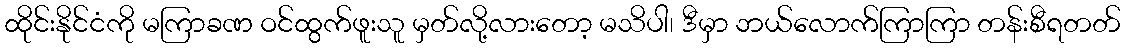
ထိုင်းနိုင်ငံကို မကြာခဏ ဝင်ထွက်ဖူးသူ မှတ်လို့လားတော့ မသိပါ၊ ဒီမှာ ဘယ်လောက်ကြာကြာ တန်းစီရတတ်